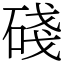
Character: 碊